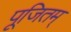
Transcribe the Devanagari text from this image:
पूजितम्